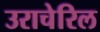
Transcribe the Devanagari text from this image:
उराचेरिल